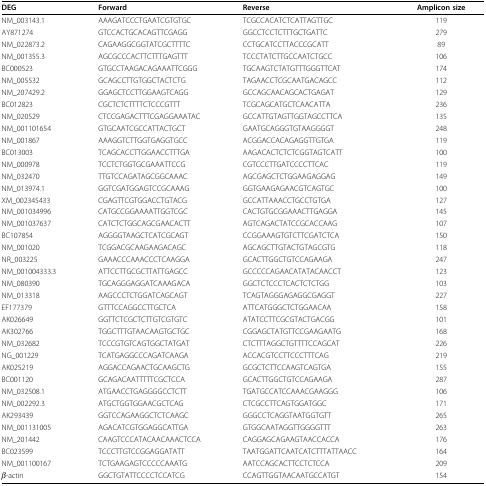
<table><thead><tr><td><b>DEG</b></td><td><b>Forward</b></td><td><b>Reverse</b></td><td><b>Amplicon size</b></td></tr></thead><tbody><tr><td>NM_003143.1</td><td>AAAGATCCCTGAATCGTGTGC</td><td>TCGCCACATCTCATTAGTTGC</td><td>119</td></tr><tr><td>AY871274</td><td>GTCCACTGCACAGTTCGAGG</td><td>GGCCTCCTCTTTGCTGATTC</td><td>279</td></tr><tr><td>NM_022873.2</td><td>CAGAAGGCGGTATCGCTTTTC</td><td>CCTGCATCCTTACCCGCATT</td><td>89</td></tr><tr><td>NM_001355.3</td><td>AGCGCCCACTTCTTTGAGTTT</td><td>TCCCTATCTTGCCAATCTGCC</td><td>106</td></tr><tr><td>BC000523</td><td>GTGCCTAAGACAGAAATTCGGG</td><td>TGCAAGTCTATGTTTGGGTTCAT</td><td>174</td></tr><tr><td>NM_005532</td><td>GCAGCCTTGTGGCTACTCTG</td><td>TAGAACCTCGCAATGACAGCC</td><td>112</td></tr><tr><td>NM_207429.2</td><td>GGAGCTCCTTGGAAGTCAGG</td><td>GCCAGCAACAGCACTGAGAT</td><td>129</td></tr><tr><td>BC012823</td><td>CGCTCTCTTTTCTCCCGTTT</td><td>TCGCAGCATGCTCAACATTA</td><td>236</td></tr><tr><td>NM_020529</td><td>CTCCGAGACTTTCGAGGAAATAC</td><td>GCCATTGTAGTTGGTAGCCTTCA</td><td>135</td></tr><tr><td>NM_001101654</td><td>GTGCAATCGCCATTACTGCT</td><td>GAATGCAGGGTGTAAGGGGT</td><td>248</td></tr><tr><td>NM_001867</td><td>AAAGGTCTTGGTGAGGTGCC</td><td>ACGGACCACAGAGGTTGTGA</td><td>119</td></tr><tr><td>BC013003</td><td>TCAGCACCTTGGAACCTTTGA</td><td>AAGACACTCTCTCGGTAGTCATT</td><td>100</td></tr><tr><td>NM_000978</td><td>TCCTCTGGTGCGAAATTCCG</td><td>CGTCCCTTGATCCCCTTCAC</td><td>119</td></tr><tr><td>NM_032470</td><td>TTGTCCAGATAGCGGCAAAC</td><td>AGCGAGCTCTGGAAGAGGAG</td><td>149</td></tr><tr><td>NM_013974.1</td><td>GGTCGATGGAGTCCGCAAAG</td><td>GGTGAAGAGAACGTCAGTGC</td><td>100</td></tr><tr><td>XM_002345433</td><td>CGAGTTCGTGGACCTGTACG</td><td>GCCATTAAACCTGCCTGTGA</td><td>127</td></tr><tr><td>NM_001034996</td><td>CATGCCGGAAAATTGGTCGC</td><td>CACTGTGCGGAAACTTGAGGA</td><td>145</td></tr><tr><td>NM_001037637</td><td>CATCTCTGGCAGCGAACACTT</td><td>AGTCAGACTATCCGCACCAAG</td><td>107</td></tr><tr><td>BC107854</td><td>AGGGGTAAGCTCATCGCAGT</td><td>CCGGAAAGTGTCTTCGATCTCA</td><td>150</td></tr><tr><td>NM_001020</td><td>TCGGACGCAAGAAGACAGC</td><td>AGCAGCTTGTACTGTAGCGTG</td><td>118</td></tr><tr><td>NR_003225</td><td>GAAACCCAAACCCTCAAGGA</td><td>GCACTTGGCTGTCCAGAAGA</td><td>247</td></tr><tr><td>NM_001004333.3</td><td>ATTCCTTGCGCTTATTGAGCC</td><td>GCCCCCAGAACATATACAACCT</td><td>123</td></tr><tr><td>NM_080390</td><td>TGCAGGGAGGATCAAAGACA</td><td>GGCTCTCCCTCACTCTCTGG</td><td>103</td></tr><tr><td>NM_013318</td><td>AAGCCCTCTGGATCAGCAGT</td><td>TCAGTAGGGAGAGGCGAGGT</td><td>227</td></tr><tr><td>EF177379</td><td>GTTTCCAGGCCTTGCTCA</td><td>ATTCATGGGCTCTGGAACAA</td><td>158</td></tr><tr><td>AK026649</td><td>GGTTCTCGCTCTTGTCGTGTC</td><td>ATATCCTTCGCGTACTGACGG</td><td>101</td></tr><tr><td>AK302766</td><td>TGGCTTTGTAACAAGTGCTGC</td><td>CGGAGCTATGTTCCGAAGAATG</td><td>168</td></tr><tr><td>NM_032682</td><td>TCCCGTGTCAGTGGCTATGAT</td><td>CTCTTTAGGCTGTTTTCCAGCAT</td><td>226</td></tr><tr><td>NG_001229</td><td>TCATGAGGCCCAGATCAAGA</td><td>ACCACGTCCTTCCCTTTCAG</td><td>219</td></tr><tr><td>AK025219</td><td>AGGACCAGAACTGCAAGCTG</td><td>GCGCTCTTCCAAGTCAGTGA</td><td>155</td></tr><tr><td>BC001120</td><td>GCAGACAATTTTTCGCTCCA</td><td>GCACTTGGCTGTCCAGAAGA</td><td>287</td></tr><tr><td>NM_032508.1</td><td>ATGAACCTGAGGGGCCTCTT</td><td>TGATGCCATCCAAACGAAGGG</td><td>106</td></tr><tr><td>NM_002292.3</td><td>ATGCTGGTGGAACGCTCAG</td><td>CTCGCCTTCAGTGGATGGC</td><td>171</td></tr><tr><td>AK293439</td><td>GGTCCAGAAGGCTCTCAAGC</td><td>GGGCCTCAGGTAATGGTGTT</td><td>265</td></tr><tr><td>NM_001131005</td><td>AGACATCGTGGAGGCATTGA</td><td>GTGGCAATAGGTTGGGGTTT</td><td>263</td></tr><tr><td>NM_201442</td><td>CAAGTCCCATACAACAAACTCCA</td><td>CAGGAGCAGAAGTAACCACCA</td><td>176</td></tr><tr><td>BC023599</td><td>TCCCTTGTCCGGAGGATATT</td><td>TAATGGATTCAATCATCTTTATTAACC</td><td>164</td></tr><tr><td>NM_001100167</td><td>TCTGAAGAGTCCCCCAAATG</td><td>AATCCAGCACTTCCTCTCCA</td><td>209</td></tr><tr><td><i>β</i>-actin</td><td>GGCTGTATTCCCCTCCATCG</td><td>CCAGTTGGTAACAATGCCATGT</td><td>154</td></tr></tbody></table>